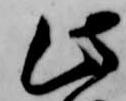
此